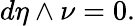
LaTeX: d\eta\wedge\nu=0.